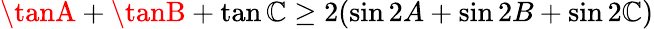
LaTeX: \tanA+\tanB+\tan\mathbb{C}\geq2(\sin2A+\sin2B+\sin2\mathbb{C})